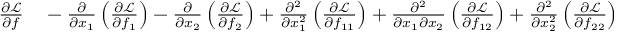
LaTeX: \begin{array} { r l } { { \frac { \partial { \mathcal { L } } } { \partial f } } } & { { } - { \frac { \partial } { \partial x _ { 1 } } } \left( { \frac { \partial { \mathcal { L } } } { \partial f _ { 1 } } } \right) - { \frac { \partial } { \partial x _ { 2 } } } \left( { \frac { \partial { \mathcal { L } } } { \partial f _ { 2 } } } \right) + { \frac { \partial ^ { 2 } } { \partial x _ { 1 } ^ { 2 } } } \left( { \frac { \partial { \mathcal { L } } } { \partial f _ { 1 1 } } } \right) + { \frac { \partial ^ { 2 } } { \partial x _ { 1 } \partial x _ { 2 } } } \left( { \frac { \partial { \mathcal { L } } } { \partial f _ { 1 2 } } } \right) + { \frac { \partial ^ { 2 } } { \partial x _ { 2 } ^ { 2 } } } \left( { \frac { \partial { \mathcal { L } } } { \partial f _ { 2 2 } } } \right) } \end{array}